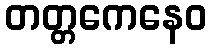
တတ္တကေနေဝ